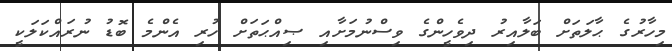
މިހާރުގެ ޙާލަތަށް ބަލާއިރު ދިވެހީންގެ ވިސްނުމަށާއި ޞިއްޙަތަށް ހުރި އެންމެ ބޮޑު ނުރައްކަލަކީ